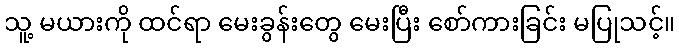
သူ့ မယားကို ထင်ရာ မေးခွန်းတွေ မေးပြီး စော်ကားခြင်း မပြုသင့်။